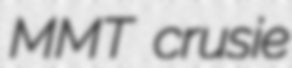
MMT crusie